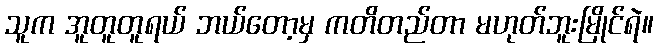
သူက အူတူတူရယ် ဘယ်တော့မှ ကတိတည်တာ မဟုတ်ဘူးမြိုင်ရဲ။